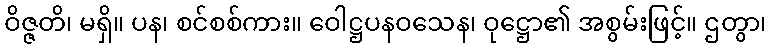
ဝိဇ္ဇတိ၊ မရှိ။ ပန၊ စင်စစ်ကား။ ဝေါဋ္ဌပနဝသေန၊ ဝုဋ္ဌော၏ အစွမ်းဖြင့်။ ဌတွာ၊